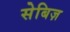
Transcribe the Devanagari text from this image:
सेबिज़